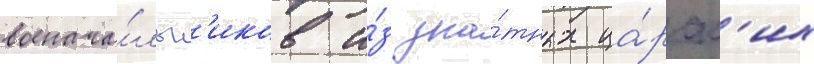
военача́льн'иков и́з зна́тных ца́рск'их